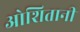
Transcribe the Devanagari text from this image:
ओशितानी